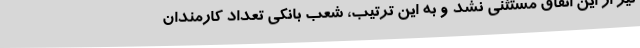
نیز از این اتفاق مستثنی نشد و به این ترتیب، شعب بانکی تعداد کارمندان